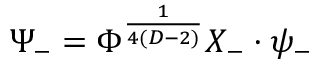
\Psi _ { - } = \Phi ^ { \frac { 1 } { 4 ( D - 2 ) } } { \cal X } _ { - } \cdot \psi _ { - }